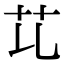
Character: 𦫷